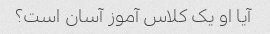
آیا او یک کلاس آموز آسان است؟